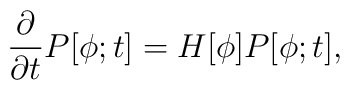
\frac{\partial}{\partial t}P[\phi;t]=H[\phi]P[\phi;t],